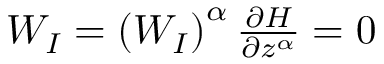
\begin{array} { r } { W _ { I } = \left( W _ { I } \right) ^ { \alpha } \frac { \partial H } { \partial z ^ { \alpha } } = 0 } \end{array}